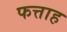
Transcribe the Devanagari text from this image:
फत्ताह